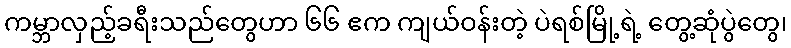
ကမ္ဘာလှည့်ခရီးသည်တွေဟာ ၆၆ ဧက ကျယ်ဝန်းတဲ့ ပဲရစ်မြို့ရဲ့ တွေ့ဆုံပွဲတွေ၊